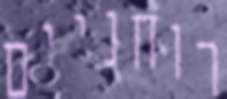
רוחניים